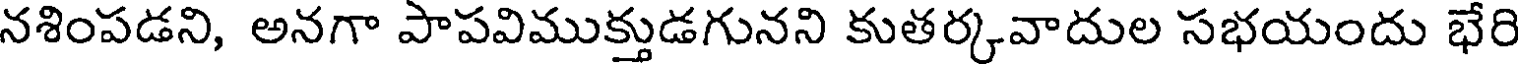
నశింపడని, అనగా పాపవిముక్తుడగునని కుతర్కవాదుల సభయందు భేరి